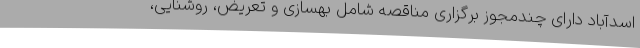
اسدآباد دارای چندمجوز برگزاری مناقصه شامل بهسازی و تعریض، روشنایی،